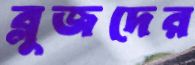
ব্লুজদের